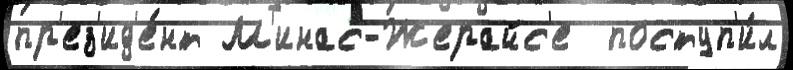
пр'ез'ид'е́нт М'инас-Жерайс'е  поступ'и́л